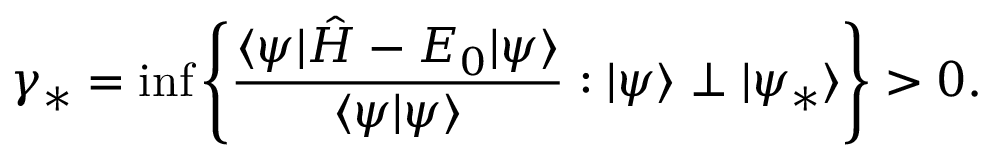
\gamma _ { * } = \operatorname* { i n f } \left\{ \frac { \langle \psi | \hat { H } - E _ { 0 } | \psi \rangle } { \langle \psi | \psi \rangle } : | \psi \rangle \perp | \psi _ { * } \rangle \right\} > 0 .